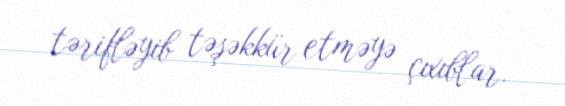
tərifləyib təşəkkür etməyə çıxıblar.